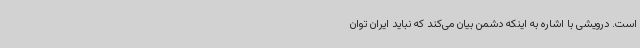
است. درویشی با اشاره به اینکه دشمن بیان می‌کند که نباید ایران توان